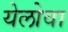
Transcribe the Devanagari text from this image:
येलोवा